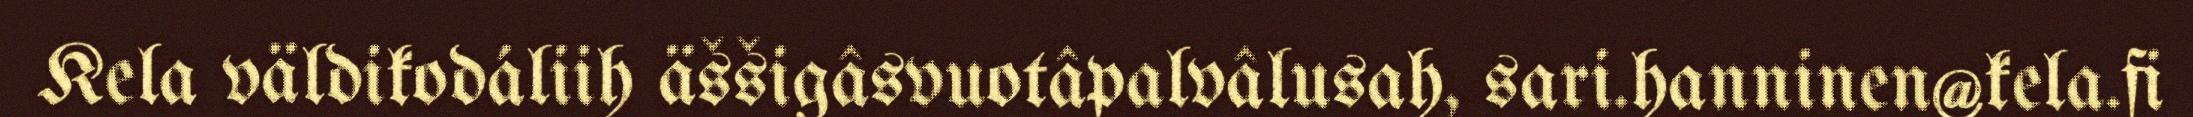
Kela väldikodáliih äššigâsvuotâpalvâlusah, sari.hanninen@kela.fi